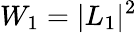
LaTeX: W_{1}=|L_{1}|^{2}